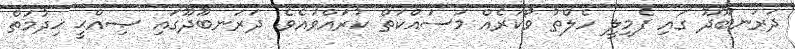
ދަރަނބޫދޫ ގައި ފެމިލީ ހެލްތު ވޯކަރެއް މަސައްކަތް ކުރައްވައެވެ. ދަރަނބޫދޫގައި ޞިއްޙީ ޚިދުމަތް